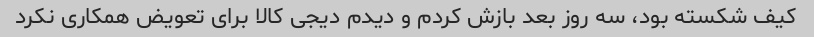
کیف شکسته بود، سه روز بعد بازش کردم و دیدم دیجی کالا برای تعویض همکاری نکرد